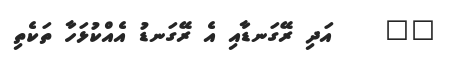
١٧    އަދި ރޭގަނޑާއި އެ ރޭގަނޑު އެއްކުޅަހާ ތަކެތި